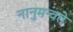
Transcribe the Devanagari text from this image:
नानुमन्वते